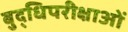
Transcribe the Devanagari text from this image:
बुद्धिपरीक्षाओं